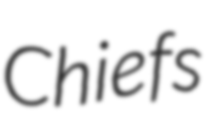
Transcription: Chiefs